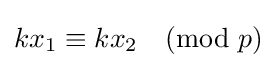
kx_{1}\equiv kx_{2}{\pmod {p}}